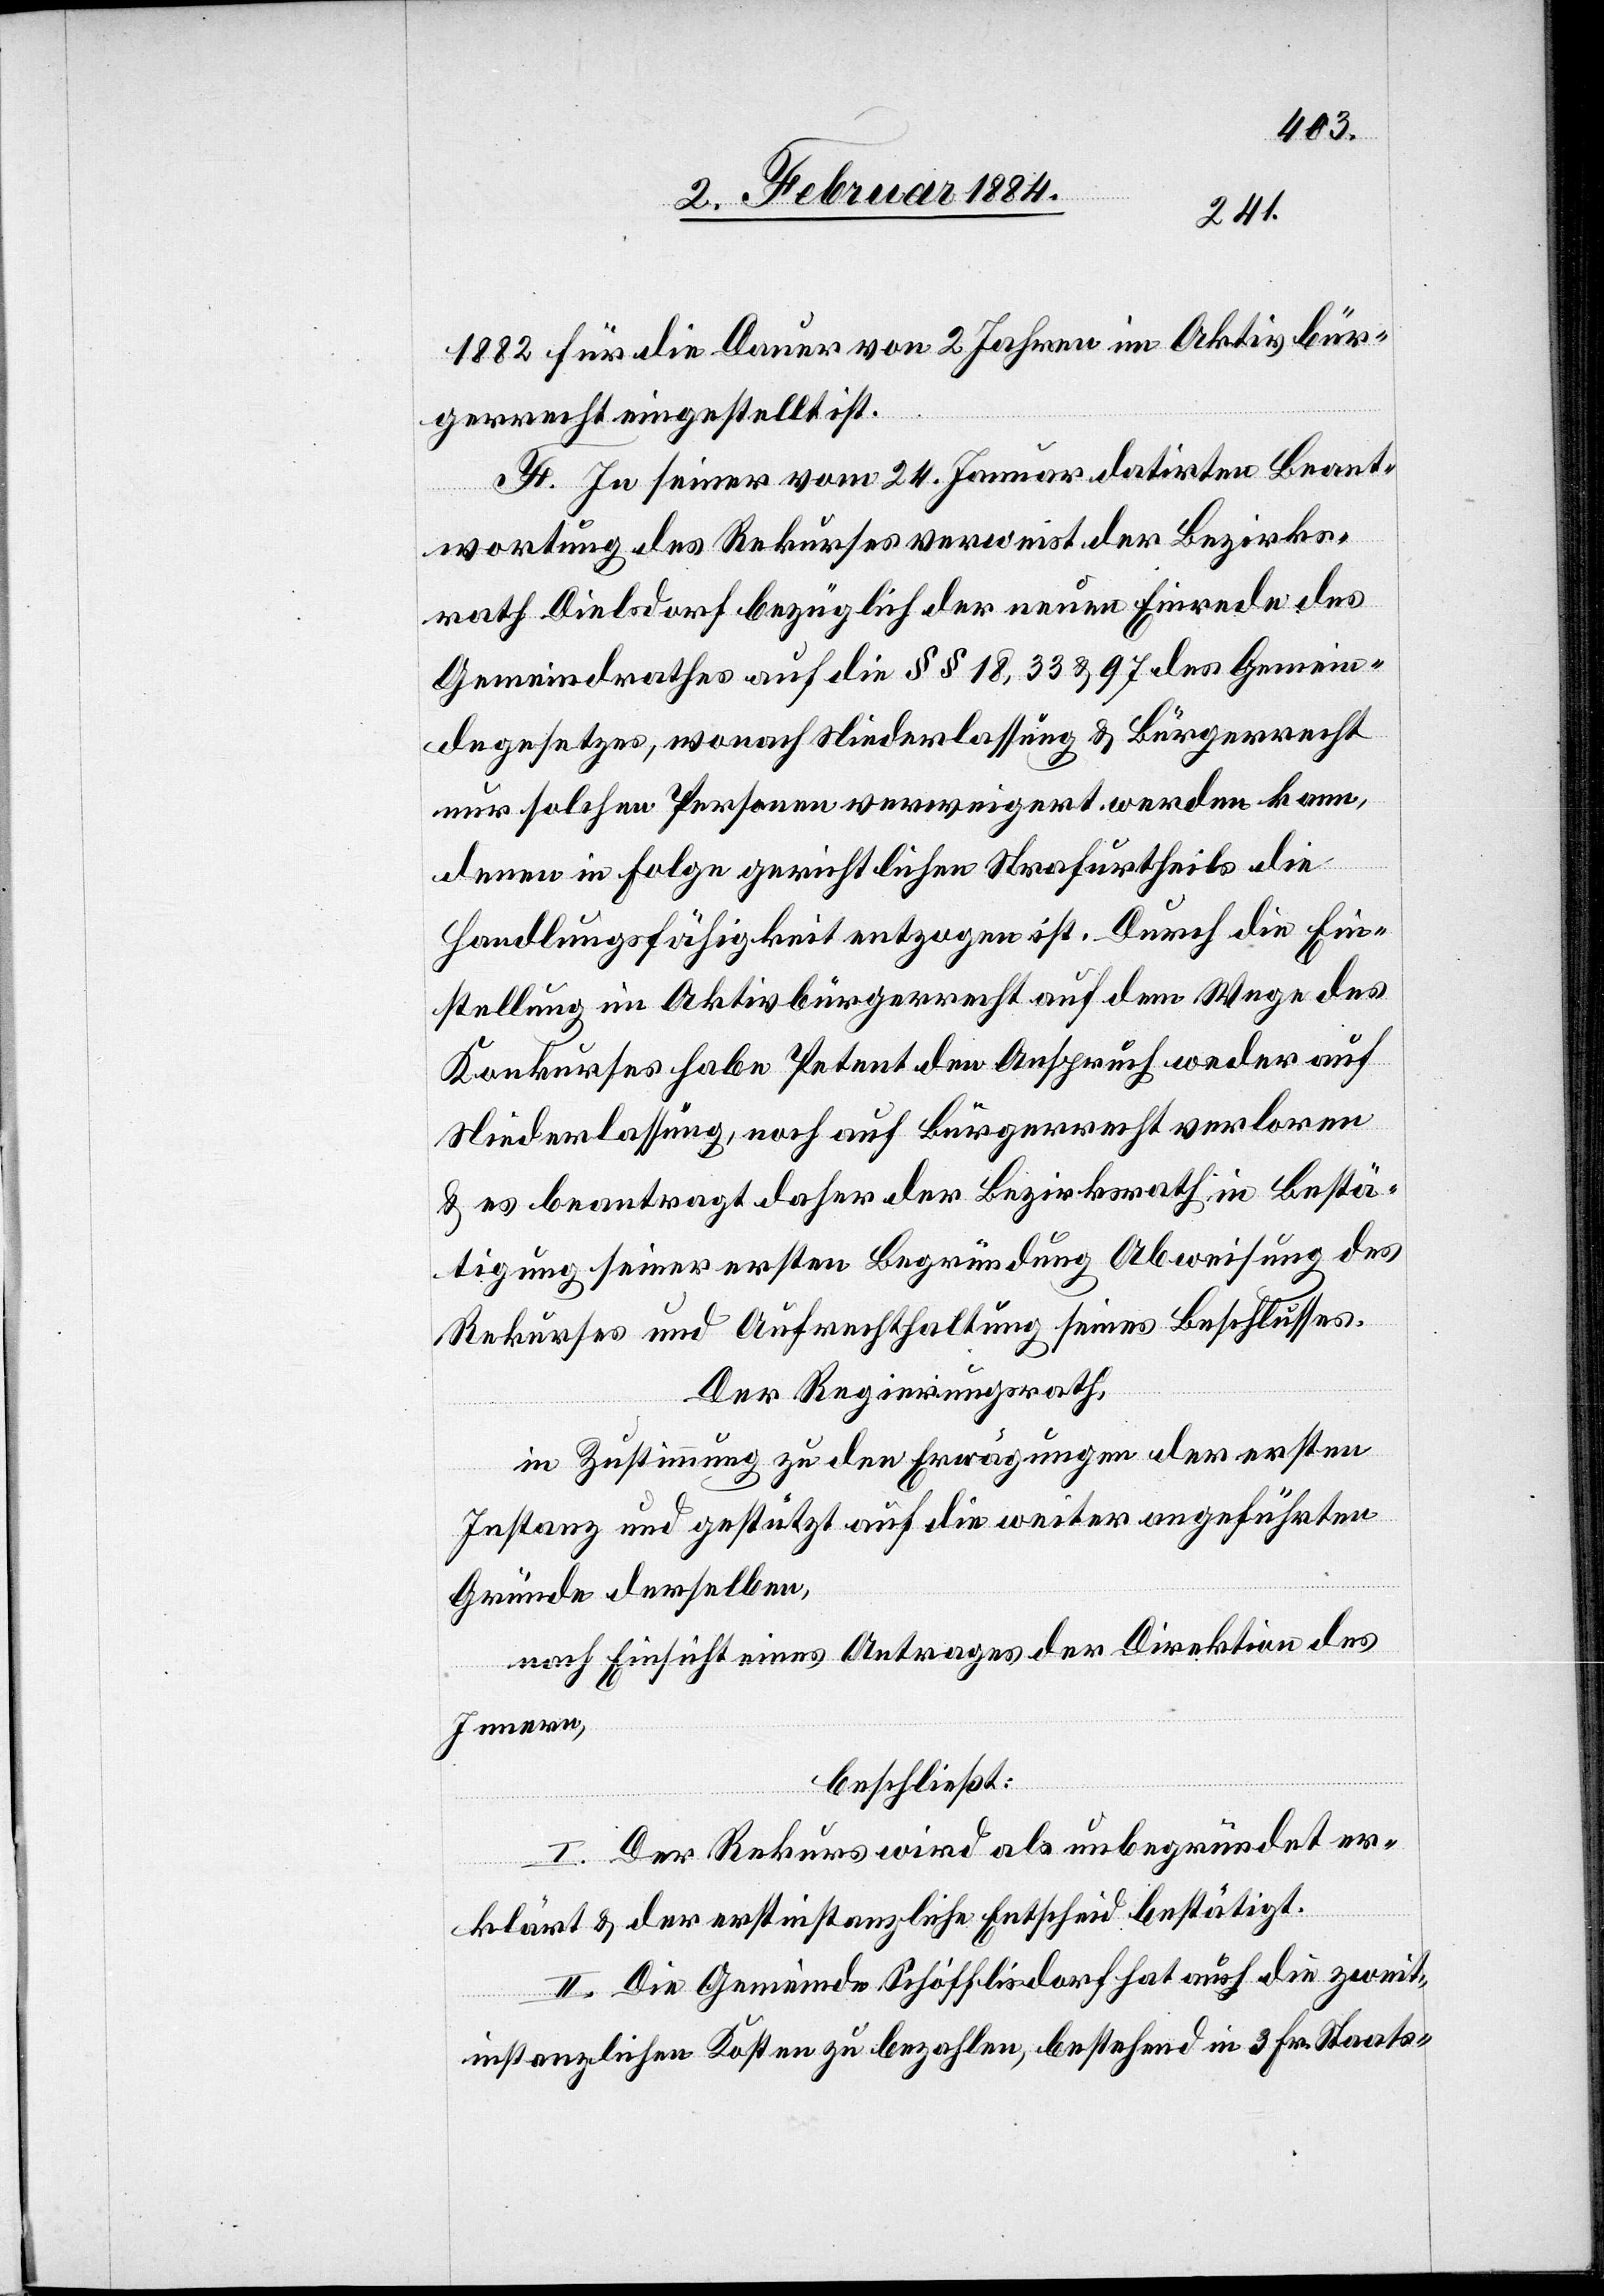
1882 für die Dauer von 2 Jahren im Aktivbür¬
gerrecht eingestellt ist.
H. In seiner vom 24. Januar datirten Beant¬
wortung des Rekurses verweist der Bezirks¬
rath Dielsdorf bezüglich der neuen Einrede des
Gemeindrathes auf die §§ 18, 33 & 97 des Gemein¬
degesetzes, wonach Niederlassung & Bürgerrecht
nur solchen Personen verweigert werden kann,
denen in Folge gerichtlichen Strafurtheils die
Handlungsfähigkeit entzogen ist. Durch die Ein¬
stellung im Aktivbürgerrecht auf dem Wege des
Konkurses habe Petent den Anspruch weder auf
Niederlassung, noch auf Bürgerrecht verloren
& es beantragt daher der Bezirksrath in Bestä¬
tigung seiner ersten Begründung Abweisung des
Rekurses und Aufrechthaltung seines Beschlusses.
Der Regierungsrath,
in Zustimmung zu den Erwägungen der ersten
Instanz und gestützt auf die weiter angeführten
Gründe derselben,
nach Einsicht eines Antrages der Direktion des
Innern,
beschließt:
I. Der Rekurs wird als unbegründet er¬
klärt & der erstinstanzliche Entscheid bestätigt.
II. Die Gemeinde Schöfflisdorf hat auch die zweit¬
instanzlichen Kosten zu bezahlen, bestehend in 3 Fr. Staats-,